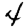
Digit: 4